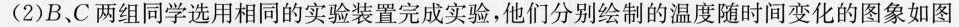
(2)B、C两组同学选用相同的实验装置完成实验，他们分别绘制的温度随时间变化的图象如图